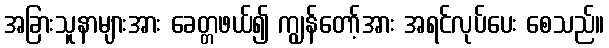
အခြားသူနာများအား ခေတ္တဖယ်၍ ကျွန်တော့်အား အရင်လုပ်ပေး စေသည်။